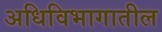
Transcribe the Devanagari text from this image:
अधिविभागातील